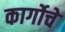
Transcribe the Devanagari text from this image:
कार्गोचे